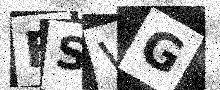
Text: FSVG